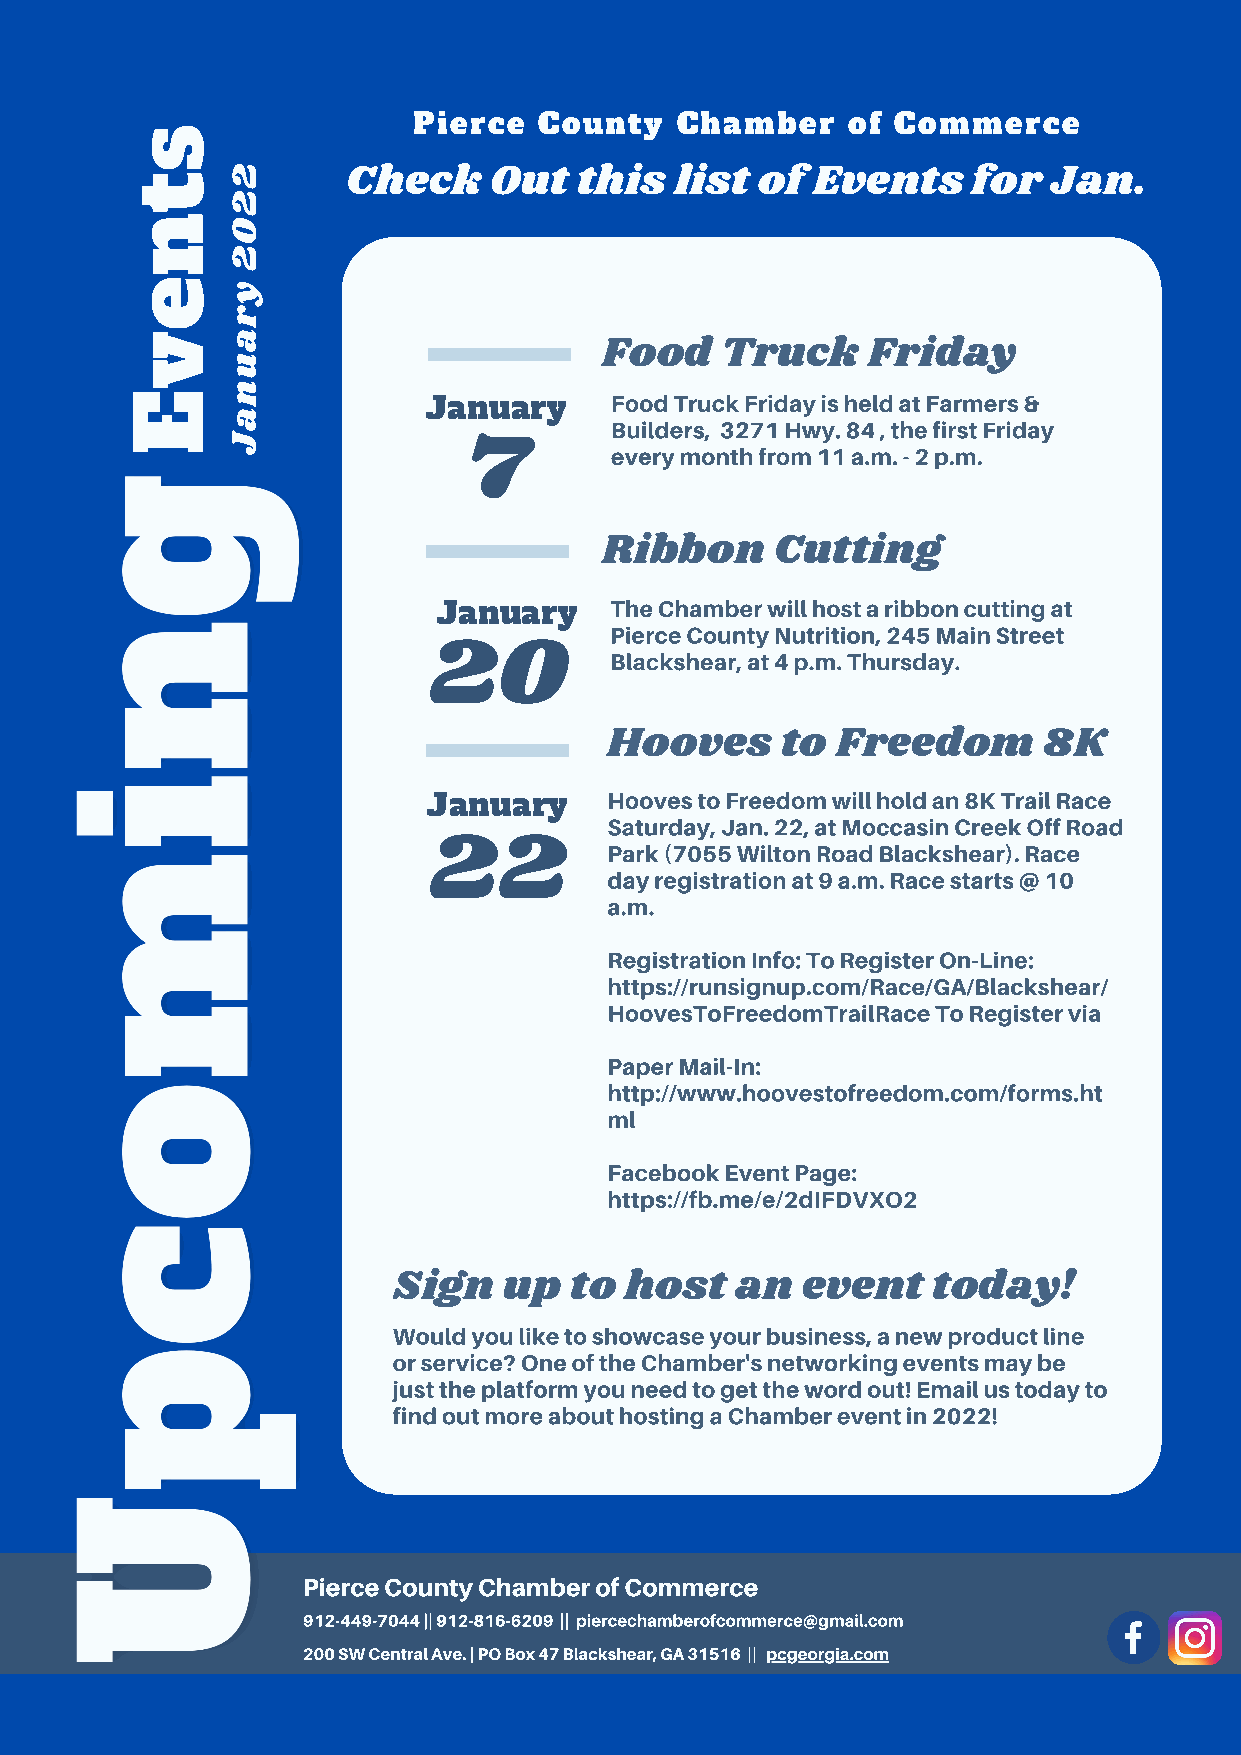
Pierce   County   Chamber    of Commerce
 s
 2
 t             Check    Out   this   list of  Events    for   Jan.
 2
 n0
 2
 ey
 r
 va
 Food    Truck    Friday
 u
 n
 E                              Food Truck Friday is held at Farmers &
 January
 a
 Builders, 3271 Hwy. 84 , the first Friday
 J
 7        every month from 11 a.m. - 2 p.m.
 Ribbon     Cutting
 The Chamber will host a ribbon cutting at
 January
 Pierce County Nutrition, 245 Main Street
 20          Blackshear, at 4 p.m. Thursday.
 Hooves      to Freedom       8K
 Hooves to Freedom will hold an 8K Trail Race
 January
 Saturday, Jan. 22, at Moccasin Creek Off Road
 22          Park (7055 Wilton Road Blackshear). Race
 day registration at 9 a.m. Race starts @ 10
 a.m.
 Registration Info: To Register On-Line:
 https://runsignup.com/Race/GA/Blackshear/
 HoovesToFreedomTrailRace To Register via
 Paper Mail-In:
 http://www.hoovestofreedom.com/forms.ht
 ml
 Facebook Event Page:
 https://fb.me/e/2dIFDVXO2
 Sign   up   to host    an  event    today!
 Would you like to showcase your business, a new product line
 or service? One of the Chamber's networking events may be
 just the platform you need to get the word out! Email us today to
 find out more about hosting a Chamber event in 2022!
 Pierce County Chamber of Commerce
 www.reallygreatsite.com
 912-449-7044 || 912-816-6209 || piercechamberofcommerce@gmail.com
 200 SW Central Ave. | PO Box 47 Blackshear, GA 31516 || pcgeorgia.com